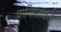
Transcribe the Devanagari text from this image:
पानिपतकडे